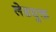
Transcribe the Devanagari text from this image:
लेडयुक्त